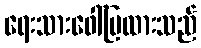
ရေးသားဖေါ်ပြထားသည်